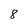
Character: 8